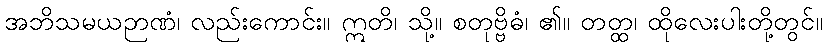
အဘိသမယဉာဏံ၊ လည်းကောင်း။ ဣတိ၊ သို့။ စတုဗ္ဗိဓံ၊ ၏။ တတ္ထ၊ ထိုလေးပါးတို့တွင်။